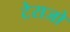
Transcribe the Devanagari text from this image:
टेराजो